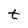
Character: t